Senior Leaving Certificate Examination (including Day School Certificate (Higher) General paper), 1950
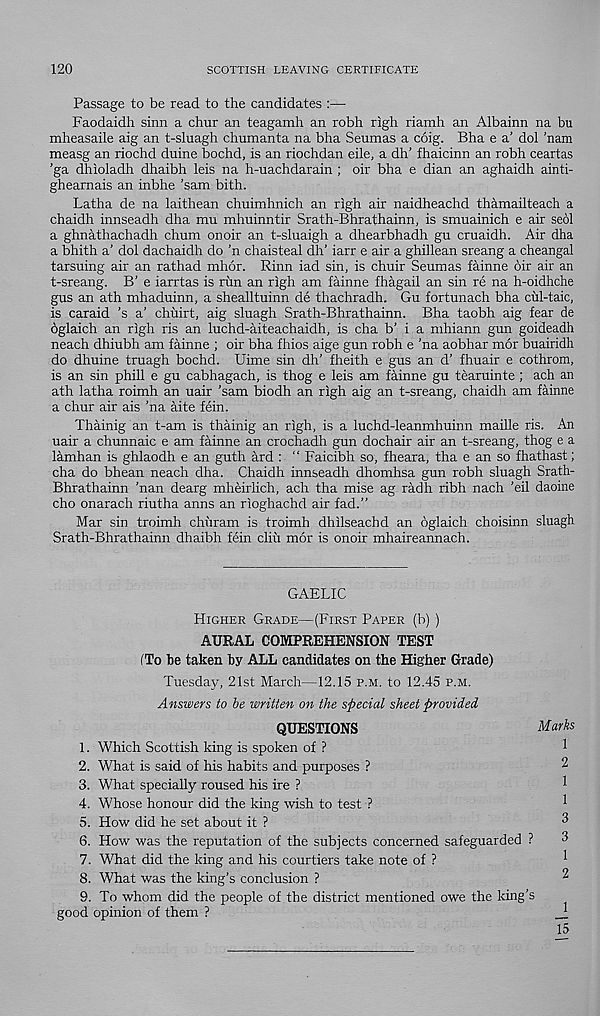
120
SCOTTISH LEAVING CERTIFICATE
Passage to be read to the candidates :—
Faodaidh sinn a chur an teagamh an robh righ riamh an Albainn na bu
mheasaile aig an t-sluagh chumanta na bha Seumas a coig. Bha e a’ dol 'nam
measg an riochd duine bochd, is an riochdan eile, a dh’ fhaicinn an robh ceartas
’ga dhioladh dhaibh leis na h-uachdarain ; oir bha e dian an aghaidh ainti-
ghearnais an inbhe 'sam bith.
Latha de na laithean chuimhnich an righ air naidheachd thamailteach a
chaidh innseadh dha mu mhuinntir Srath-Bhrathainn, is smuainich e air seol
a ghnathachadh chum on oir an t-sluaigh a dhearbhadh gu cruaidh. Air dha
a bhith a’ dol dachaidh do 'n chaisteal dh’ iarr e air a ghillean sreang a cheangal
tarsuing air an rathad mhor. Rinn iad sin, is chuir Seumas fainne dir air an
t-sreang. B’ e iarrtas is run an righ am fainne fhagail an sin re na h-oidhche
gus an ath mhaduinn, a shealltuinn de thachradh. Gu fortunach bha cul-taic,
is caraid ’s a’ chuirt, aig sluagh Srath-Bhrathainn. Bha taobh aig fear de
dglaich an righ ris an luchd-aiteachaidh, is cha b’ i a mhiann gun goideadh
neach dhiubh am fainne ; oir bha fhios aige gun robh e ’na aobhar mor buairidh
do dhuine truagh bochd. Uime sin dh’ fheith e gus an d’ fhuair e cothrom,
is an sin phill e gu cabhagach, is thog e leis am fainne gu tearuinte ; ach an
ath latha roimh an uair ’sam biodh an righ aig an t-sreang, chaidh am fainne
a chur air ais ’na aite fein.
Thainig an t-am is thainig an righ, is a luchd-leanmhuinn maille ris. An
uair a chunnaic e am fainne an crochadh gun dochair air an t-sreang, thog e a
lamhan is ghlaodh e an guth ard : “ Faicibh so, fheara, tha e an so fhathast;
cha do bhean neach dha. Chaidh innseadh dhomhsa gun robh sluagh Srath-
Bhrathainn ’nan dearg mheirlich, ach tha mise ag radh ribh nach ’eil daoine
cho onarach riutha anns an rioghachd air fad.”
Mar sin troimh chiiram is troimh dhilseachd an oglaich choisinn sluagh
Srath-Bhrathainn dhaibh fein cliii mor is onoir mhaireannach.
GAELIC
Higher Grade—(First Paper (b) )
AURAL COMPREHENSION TEST
(To be taken by ALL candidates on the Higher Grade)
Tuesday, 21st March—12.15 p.m. to 12.45 p.m.
Answers to be written on the special sheet provided
QUESTIONS
Marks
1. Which Scottish king is spoken of ?
1
2. What is said of his habits and purposes ?
2
3. What specially roused his ire ?
1
4. Whose honour did the king wish to test ?
1
5. How did he set about it ?
3
6. How was the reputation of the subjects concerned safeguarded ?
3
7. What did the king and his courtiers take note of ?
^
8. What was the king’s conclusion ?
^
9. To whom did the people of the district mentioned owe the king’s
good opinion of them ?
15